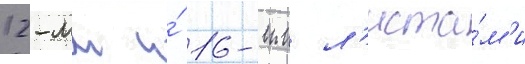
12-мм и́ 16-мм л'иста́м'и